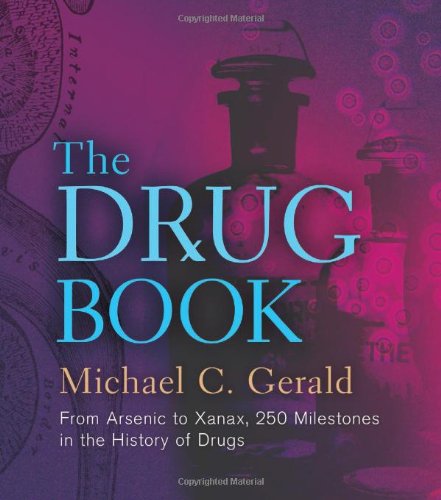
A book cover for The Drug Book: From Arsenic to Xanax, 250 Milestones in the History of Drugs (Sterling Milestones); Michael C. Gerald; Medical Books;